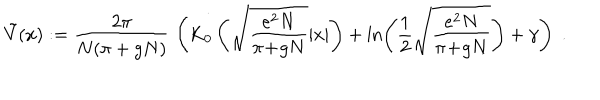
\tilde { V } ( x ) : = \frac { 2 \pi } { N ( \pi + g N ) } \; \left( \mathrm { K } _ { 0 } \left( \sqrt { \frac { e ^ { 2 } N } { \pi \! + \! g N } } | x | \right) + \ln \left( \frac { 1 } { 2 } \sqrt { \frac { e ^ { 2 } N } { \pi \! + \! g N } } \right) + \gamma \right) \; .